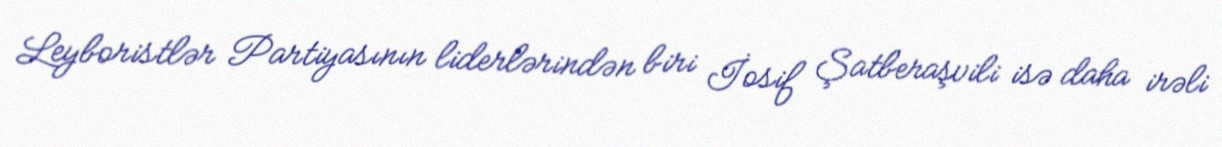
Leyboristlər Partiyasının liderlərindən biri İosif Şatberaşvili isə daha irəli